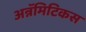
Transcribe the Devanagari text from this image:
अन्नॅमिटिकस